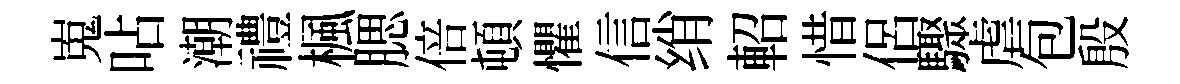
嵬呫潮禮楓腮倍頓懼信绡軺惜侶驟虐包殷